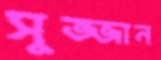
সুজ্জান